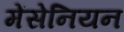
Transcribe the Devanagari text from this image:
मेंसेनियन